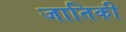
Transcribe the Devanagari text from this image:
जातिकी